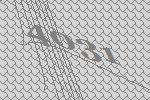
4031